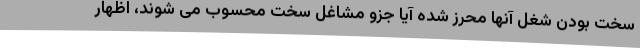
سخت بودن شغل آنها محرز شده آیا جزو مشاغل سخت محسوب می شوند، اظهار